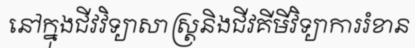
នៅក្នុងជីវវិទ្យាសាស្ត្រនិងជីវគីមីវិទ្យាការរំខាន